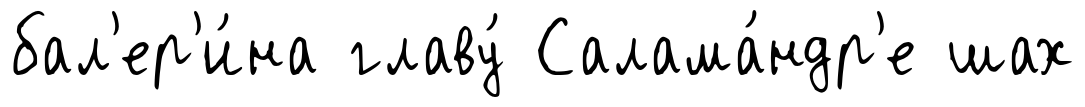
бал'ер'и́на главу́ Салама́ндр'е шах